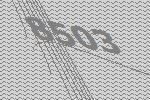
8503